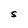
Character: S